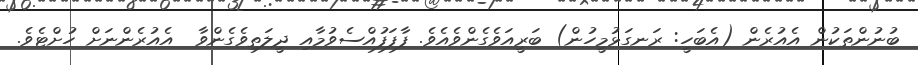
ބުނުންތަކުން އެއުރެން (އެބަހީ: ރަނގަޅުމީހުން) ބަރީއަވެގެންވެއެވެ. ފާފަފުއްސެވުމާއި ދީލަތިވެގެންވާ  އެއުރެންނަށް ހުށްޓެވެ.